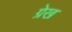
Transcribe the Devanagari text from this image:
ग्रेख